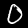
Label: 0